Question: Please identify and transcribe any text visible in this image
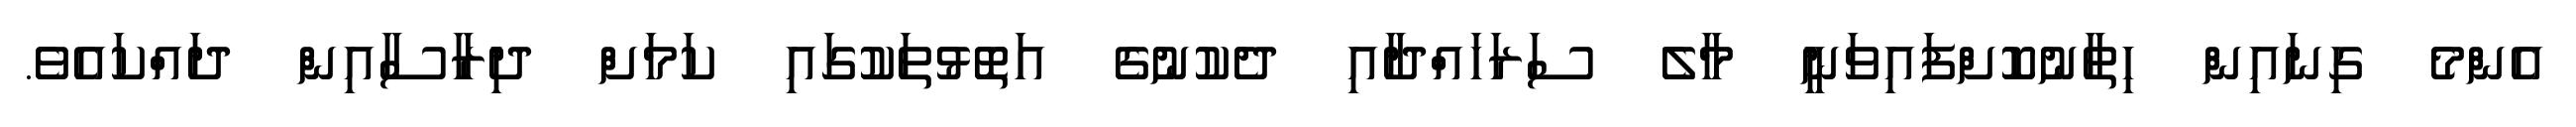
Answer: އެންމެ ގިނައިން ހިތާނުކޮށްފައިވަނީ މާލެ ސަރަހައްދާއި ދެކުނުގެ އަތޮޅުތަކުގައި ކަމަށް ދިރާސާއިން ދައްކައެވެ.